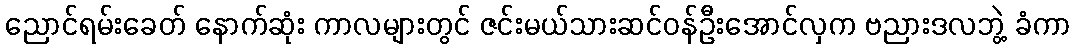
ညောင်ရမ်းခေတ် နောက်ဆုံး ကာလများတွင် ဇင်းမယ်သားဆင်ဝန်ဦးအောင်လှက ဗညားဒလဘွဲ့ ခံကာ